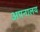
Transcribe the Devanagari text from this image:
अपनालय